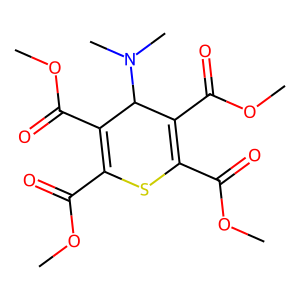
SMILES: COC(=O)C1=C(C(=O)OC)C(N(C)C)C(C(=O)OC)=C(C(=O)OC)S1
Inhibits HIV replication: No